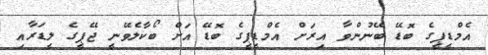
އެމްޑީޕީގެ ބޮޑޭ ބޭނުންވާ އިރަށް އެމްޑީޕީގެ ބޮޑޭ އަށް ބޯކާލެވޭނީ ޖޭޕީގެ ލީޑަރާއި